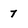
Character: 7